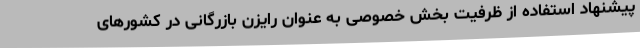
پیشنهاد استفاده از ظرفیت بخش خصوصی به عنوان رایزن بازرگانی در کشورهای